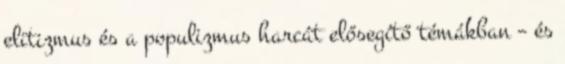
elitizmus és a populizmus harcát elősegítő témákban – és